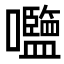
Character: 𡅞